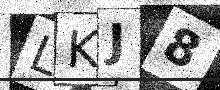
Text: LKJ8